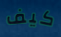
كيف